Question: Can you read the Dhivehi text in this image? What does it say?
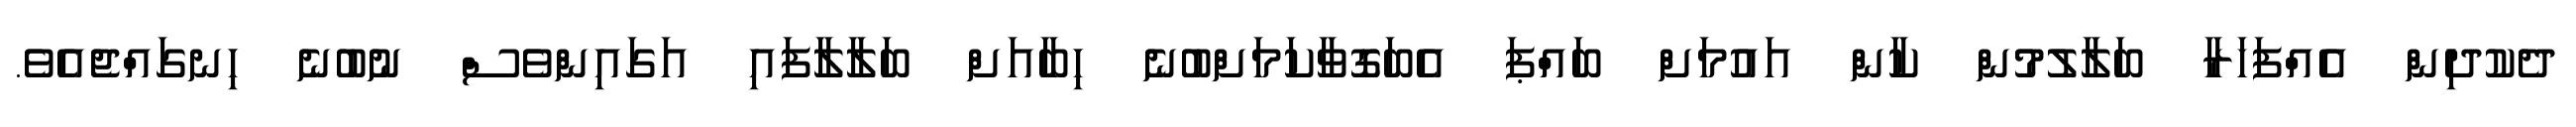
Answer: ދެކުދިން އެއްފަހަރާ ބަލާލުމުން ކާން އައުމަށް ބައްޕަ އެބަގޮވާކަމަށްބުނެ ހިބާއަށް ބަލާލާފައި އަގައިންވެސް ނުބުނެ ހިނގައްޖެއެވެ.